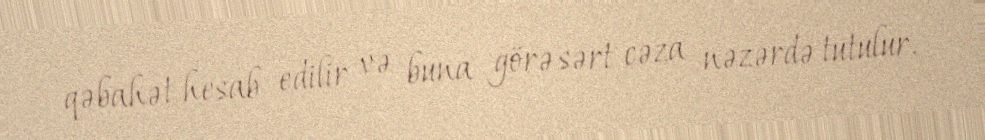
qəbahət hesab edilir və buna görə sərt cəza nəzərdə tutulur.